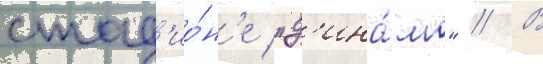
стад'ио́н'е "д'ина́мо" // В